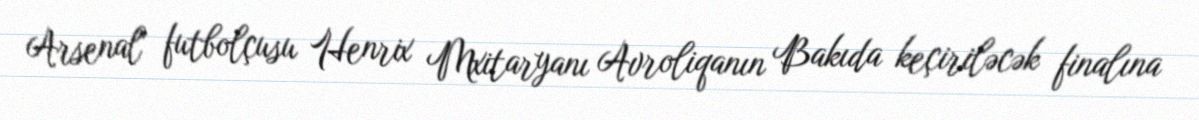
Arsenal" futbolçusu Henrix Mxitaryanı Avroliqanın Bakıda keçiriləcək finalına